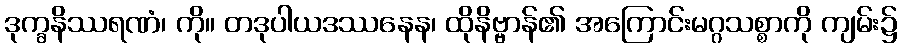
ဒုက္ခနိဿရဏံ၊ ကို။ တဒုပါယဒဿနေန၊ ထိုနိဗ္ဗာန်၏ အကြောင်းမဂ္ဂသစ္စာကို ကျမ်း၌